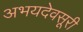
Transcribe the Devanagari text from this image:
अभयदेवसूरी